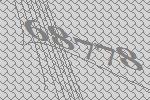
68778